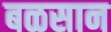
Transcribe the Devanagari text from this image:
बळसान